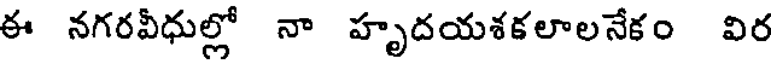
ఈ నగరవీధుల్లో నా హృదయశకలాలనేకం విర